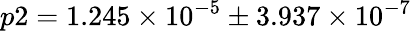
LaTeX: p2=1.245\times 10^{-5}\pm 3.937\times 10^{-7}